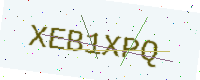
Text: XEB1XPQ